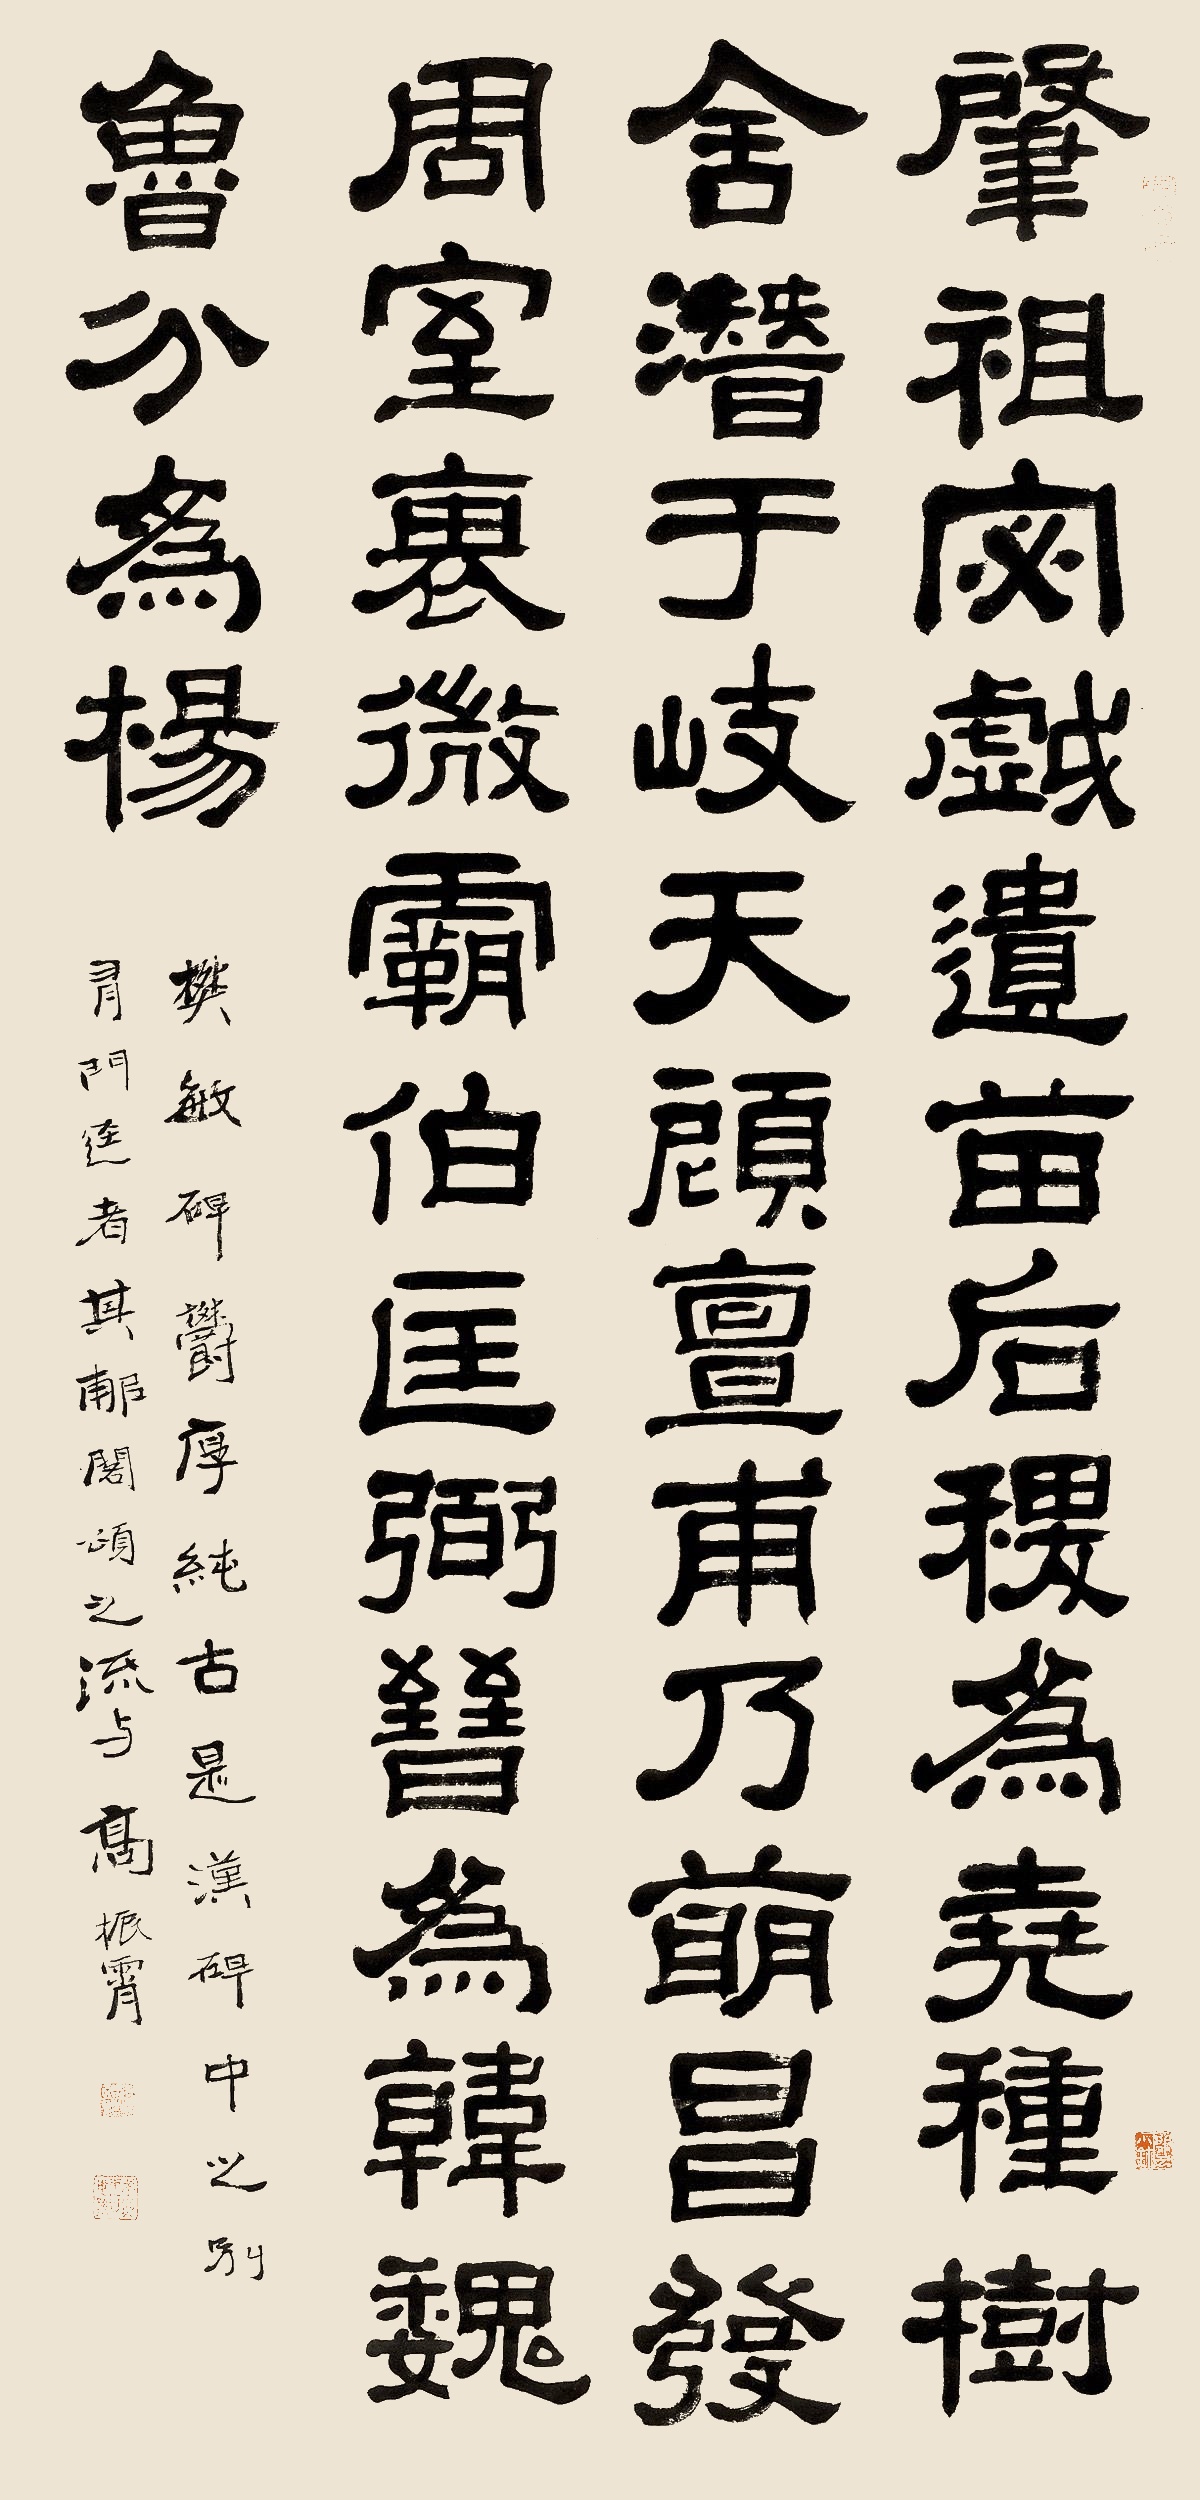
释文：肇祖宓戏，遗苗后稷。为尧种树，舍潜于岐。天顾亶甫，乃萌昌发。周室衰微，霸伯匡弼。晋为韩魏，鲁分为杨，《樊敏碑》郁厚纯古，是汉碑中之别有门径者，其《郙阁颂》之流与！高振霄。